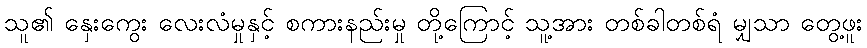
သူ၏ နှေးကွေး လေးလံမှုနှင့် စကားနည်းမှု တို့ကြောင့် သူ့အား တစ်ခါတစ်ရံ မျှသာ တွေ့ဖူး